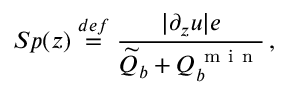
S p ( z ) \ensuremath { \stackrel { \r { d e f } } { = } } \frac { | \partial _ { z } \boldsymbol u | e } { \widetilde Q _ { b } + Q _ { b } ^ { \mathrm { ~ m ~ i ~ n ~ } } } \, ,